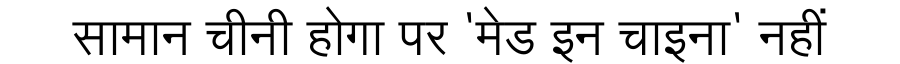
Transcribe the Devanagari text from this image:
सामान चीनी होगा पर 'मेड इन चाइना' नहीं